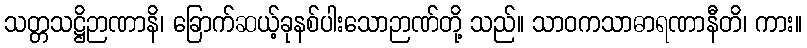
သတ္တသဋ္ဌိဉာဏာနိ၊ ခြောက်ဆယ့်ခုနစ်ပါးသောဉာဏ်တို့ သည်။ သာဝကသာဓာရဏာနီတိ၊ ကား။